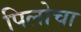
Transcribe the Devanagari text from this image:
पिलोचा